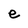
Character: e